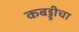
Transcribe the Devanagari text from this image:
कबड्डीचा